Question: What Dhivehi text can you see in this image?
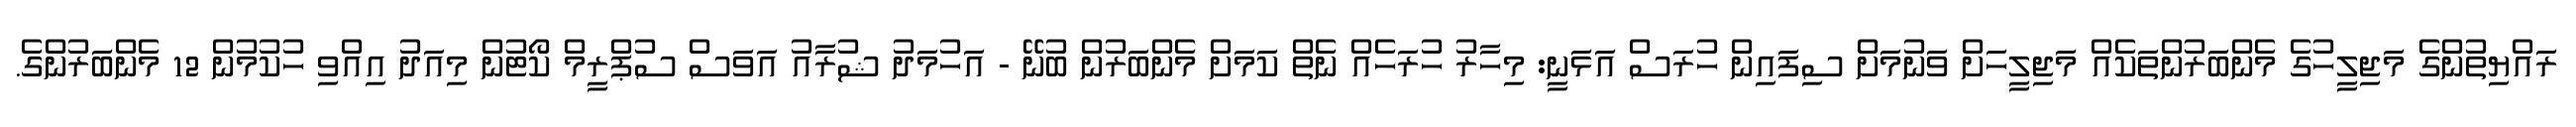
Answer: ރައްޔިތުންގެ މަޖިލީހުގެ މެންބަރުންތަކެއް މަޖިލީހަށް ވަނުމަށް ސިފައިން ހުރަސް އަޅަނީ: މިހާރު ހުރަހެއް ނެތް ކަމަށް މެންބަރުން ބުނޭ - އަހުމަދު ޝުރާއު އަވަސް ސުޕްރީމް ކޯޓުން މިއަދު އިއްވި ހުކުމުން 12 މެންބަރުންގެ.